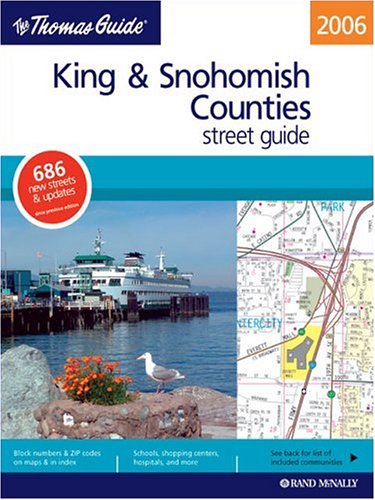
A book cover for Thomas Guide 2006 King & Snohomish Counties, Washington: Street Guide (King, Snohomish Counties Street Guide and Directory); Travel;